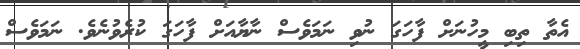
އެތާ ތިބި މީހުނަށް ފާހަގަ ނުވި ނަމަވެސް ނާޔާއަށް ފާހަގަ ކުރެވުނެވެ. ނަމަވެސް